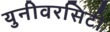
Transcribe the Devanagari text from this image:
युनीवरसिटी